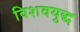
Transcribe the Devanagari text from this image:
विशवयुद्ध